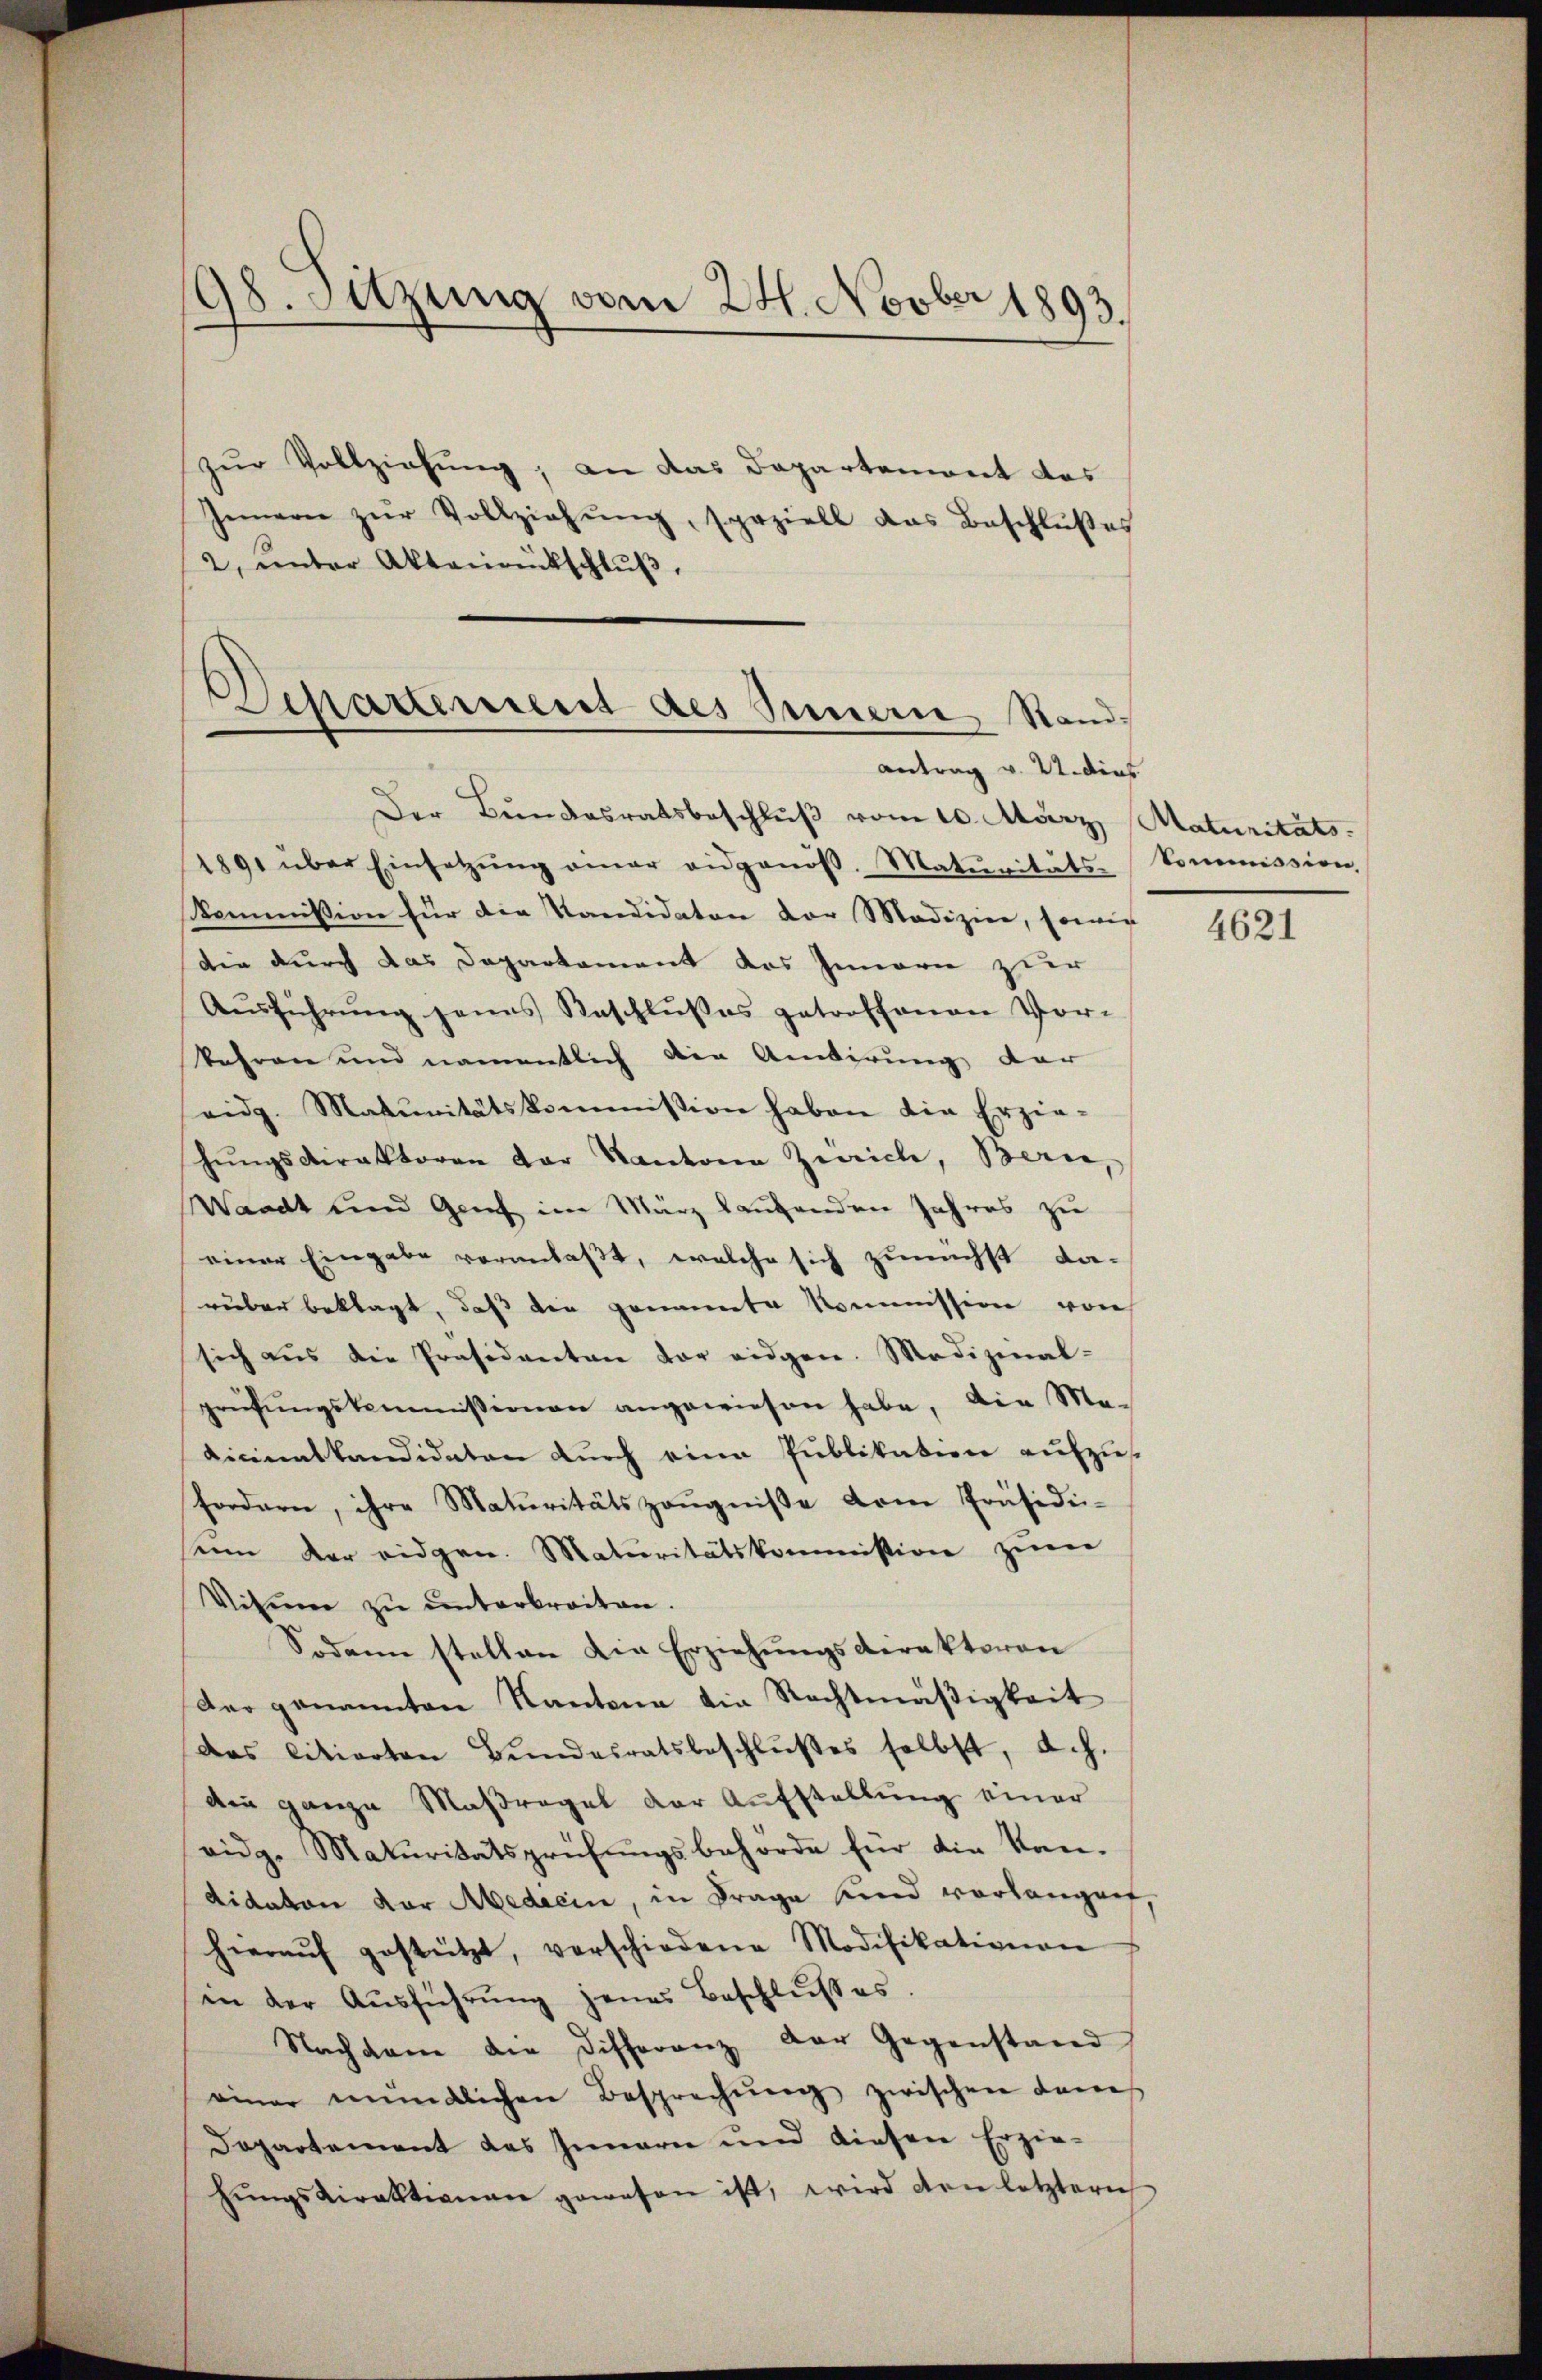
98. Sitzung vom 24. Novber 1893.

zur Vollziehung, an das Departemont das
Innern zŭr Vollziehŭng, speziell das Beschlŭβes
2, ŭnter Aktenrückschlŭβ,

Dipatiment des Innern Standantrag v. 21. dies

Der Bundesratsbeschlŭβ vom 10. März, Maturitäts
1891 über Einsetzŭng einer eidgenöβ. Maturitäts-Commission,
Kommission für die Kandidaten der Medizien, sowie
Die durch das Departament das Innern zur
Ausführung jenes Reschlusses getroffenen Vor-
kehren und namentlich die Antirung der
eidg. Matŭnitätskommission haben die Erzie-
hŭngsdirektoren der Kanton Zürich, Bern,
Waadt und Genf im März laufenden Jahres zu
einer Eingabe veranlaßt, welche sich zunächst da-
rüber beklagt, daß die genannte Kommission von
sich aus die Präsidenten vor eidgen. Medizinal-
prüfŭngskommissionen angewiesen habe, die Ma-
dicinalkandidaten durch eine Publikation aufzus
fordern, ihre Maturitätszeugniße dem Präsidisin der eidgen. Maturitätskommission zum
Visum zŭ ŭnterbreiten.
Sodann stellen die Erziehungsdirektoren
Der genannten Kantona die Rechtmäßigkeit
das litierten Bŭndesratsbeschlŭβes selbst, a.h.
Ain ganze Maßregel der Aŭfstellŭng einer
eidg. Maturitätsprüfungsbehörde für die Kandidaten der Medicin, in Frage und vorläugnet,
hieraŭf gestützt, verschiedene Modifikationen
in der Ausführung jenes Beschlußes
Nachdem die Differanz der Gegenstand
einer mündlichen Besprechŭng zwischen dam
Departement des Innern und diesen Erzie-
hŭngsdirektionen gewesen ist, wird den letztern

4621